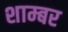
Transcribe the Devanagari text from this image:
शाम्बर